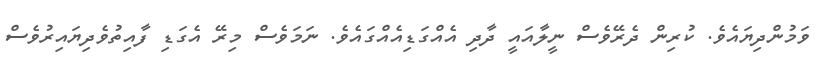
ވަމުންދިޔައެވެ. ކުރިން ދެރޭވެސް ނީލާއައީ ދާދި އެއްގަޑިއެއްގައެވެ. ނަމަވެސް މިރޭ އެގަޑި ފާއިތުވެދިޔައިރުވެސް